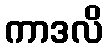
ကာဒလိ